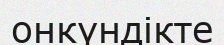
онкүндікте